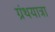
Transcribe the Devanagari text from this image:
ग्रंथयात्रा